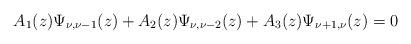
LaTeX: \begin{align*}A_1(z)\Psi_{\nu,\nu-1}(z)+A_2(z)\Psi_{\nu,\nu-2}(z)+A_3(z)\Psi_{\nu+1,\nu}(z)=0\end{align*}